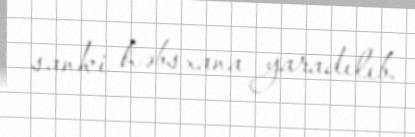
sanki həbsxana yaradılıb.